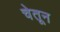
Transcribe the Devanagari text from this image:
चेतून